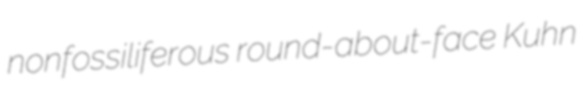
nonfossiliferous round-about-face Kuhn